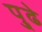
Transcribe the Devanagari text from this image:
पु्ढे